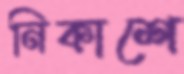
নিকাশে